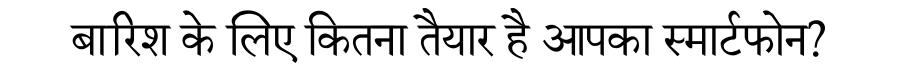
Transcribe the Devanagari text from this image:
बारिश के लिए कितना तैयार है आपका स्मार्टफोन?